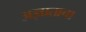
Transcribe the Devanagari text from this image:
अज्ञाताचा